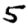
Digit: 5